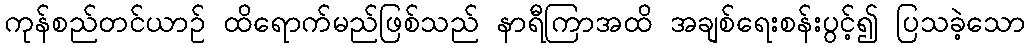
ကုန်စည်တင်ယာဉ် ထိရောက်မည်ဖြစ်သည် နာရီကြာအထိ အချစ်ရေးစန်းပွင့်၍ ပြသခဲ့သော